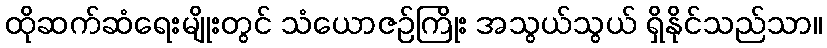
ထိုဆက်ဆံရေးမျိုးတွင် သံယောဇဉ်ကြိုး အသွယ်သွယ် ရှိနိုင်သည်သာ။